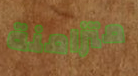
متزامنة